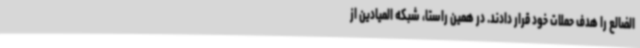
الضالع را هدف حملات خود قرار دادند. در همین راستا، شبکه المیادین از